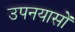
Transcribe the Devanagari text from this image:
उपनयासों